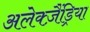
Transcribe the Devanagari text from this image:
अलेक्ज़ैंड्रिया